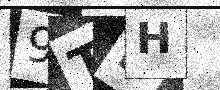
Text: 9TFH